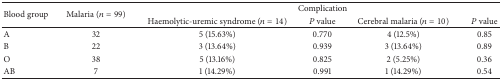
<table><thead><tr><td rowspan="2"><b>Blood group</b></td><td rowspan="2"><b>Malaria (<i>n</i> = 99)</b></td><td colspan="4"><b>Complication</b></td></tr><tr><td><b>Haemolytic-uremic syndrome (<i>n</i> = 14)</b></td><td><b><i>P</i> value</b></td><td><b>Cerebral malaria (<i>n</i> = 10)</b></td><td><b><i>P</i> value</b></td></tr></thead><tbody><tr><td>A</td><td>32</td><td>5 (15.63%)</td><td>0.770</td><td>4 (12.5%)</td><td>0.85</td></tr><tr><td> B</td><td>22</td><td>3 (13.64%)</td><td>0.939</td><td>3 (13.64%)</td><td>0.89</td></tr><tr><td> O</td><td>38</td><td>5 (13.16%)</td><td>0.825</td><td>2 (5.25%)</td><td>0.36</td></tr><tr><td> AB</td><td>7</td><td>1 (14.29%)</td><td>0.991</td><td>1 (14.29%)</td><td>0.54</td></tr></tbody></table>